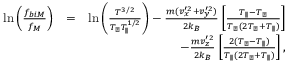
\begin{array} { r l r } { \ln \left( \frac { f _ { b i M } } { f _ { M } } \right) } & { = } & { \ln \left( \frac { { \cal T } ^ { 3 / 2 } } { T _ { \perp } T _ { \parallel } ^ { 1 / 2 } } \right) - \frac { m ( v _ { x } ^ { \prime 2 } + v _ { y } ^ { \prime 2 } ) } { 2 k _ { B } } \left[ \frac { T _ { \parallel } - T _ { \perp } } { T _ { \perp } ( 2 T _ { \perp } + T _ { \parallel } ) } \right] } \\ & { } & { - \frac { m v _ { z } ^ { \prime 2 } } { 2 k _ { B } } \left[ \frac { 2 ( T _ { \perp } - T _ { \parallel } ) } { T _ { \parallel } ( 2 T _ { \perp } + T _ { \parallel } ) } \right] , } \end{array}